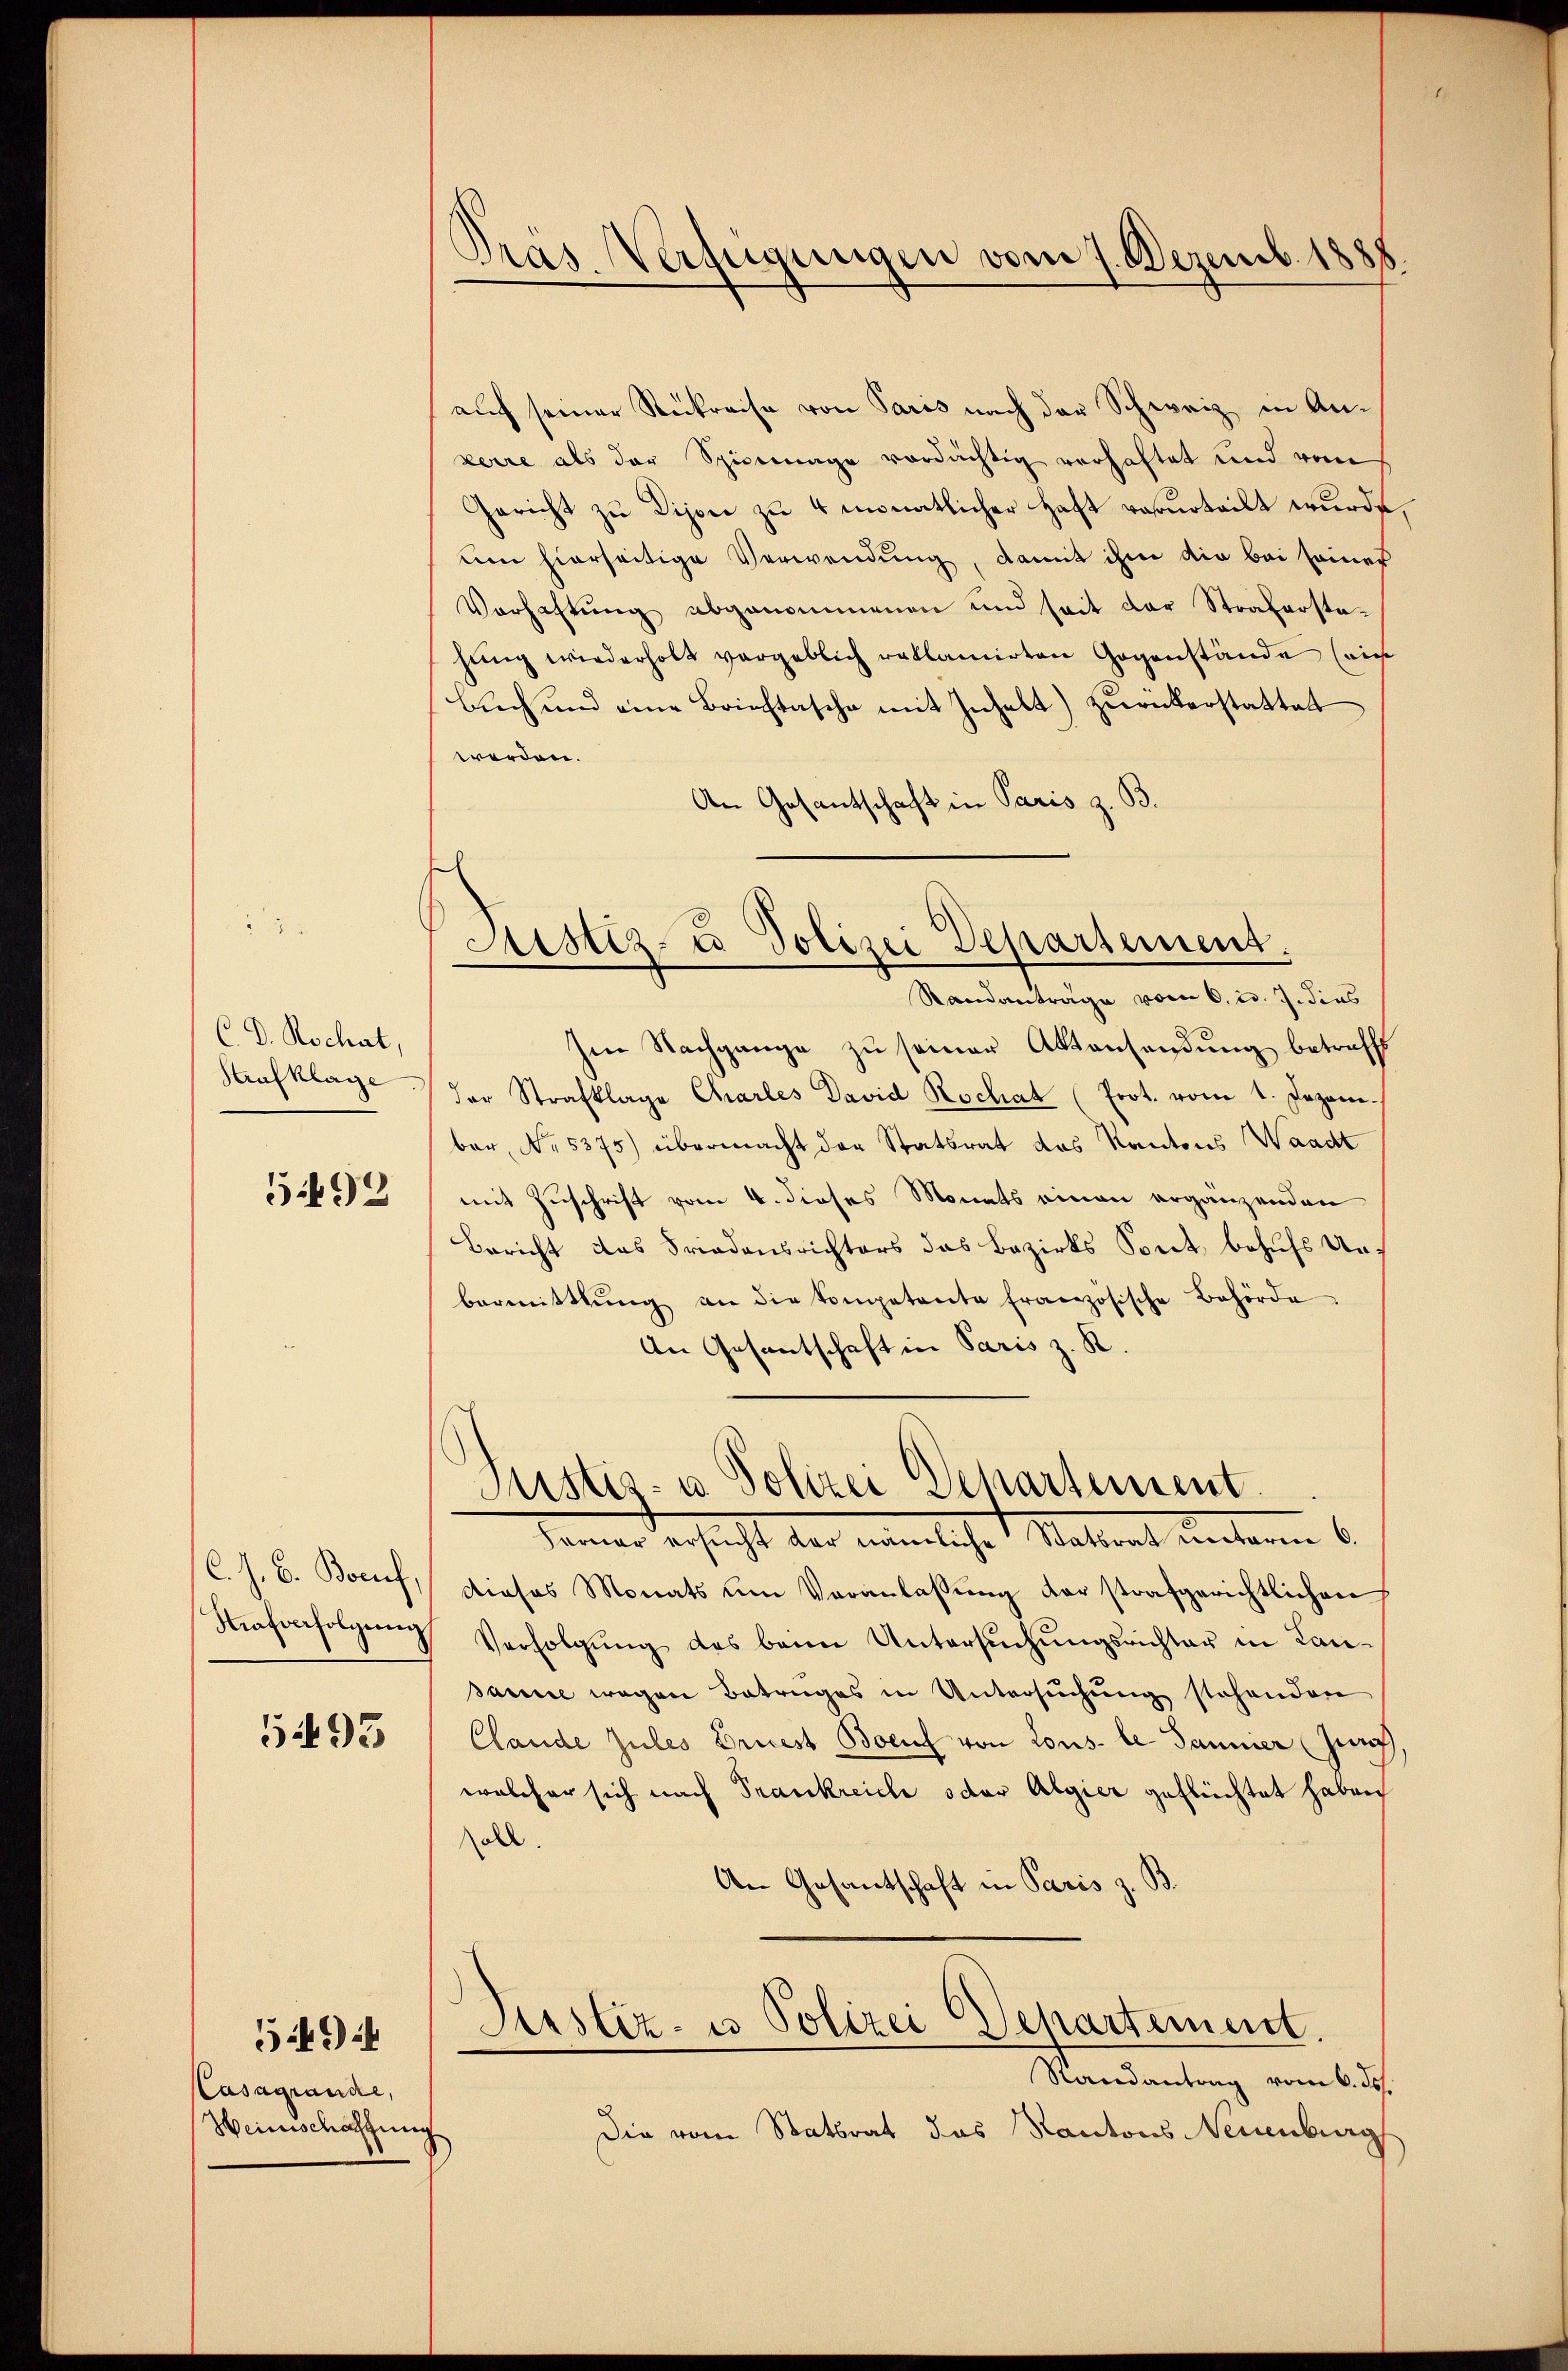
C. D. Rochat,
Arafklage.

54499

C. J. B. Boruf,
Strafverfolgung

5493

Casagrande,
Heinschatzung

5494

Pras Verfügungen vom 7. Dezemb. 1881

auch seiner Rückreise von Paris nach der Schweiz in An-
zerre als der Spieenage verdächtig verhaftet und von
Gericht zu Dijon zu 4 monatlicher Haft rasurteilt wurde,
um hierseitige Verwendung, damit ihm die bei seiner
Vorhaltŭng abgenommenen und seit der Straferstahung wiederholt vergeblich reklamirten Gegenstände sich
buch und eine Brieftasche mit Inhalt) zurückerstattet
werden.
An Gesantschaft in Paris z. B.

Justiz- u Polizei Departement.

Standanträge vom 6. d. 7. dies
Im Nachgange zŭ seiner Aktensandŭng betreff
der Strafklage Charles David Hochat (Prot. vom 1. Jezani-
ber, No. 5375) übermacht der Statsrat des Kantons Waadt
mit Zuschrift vom 4. dieses Monats einen ergänzenden
Bericht das Friedensrichters das Bezirks Spect behufs Unbermittlung an die Competente französische Behörde
An Gesantschaft in Paris z. R.

Justiz- u. Polizei Departement
Ferner ersucht der nämliche Statsrat unterm 6.

dieses Monats um Veranlassŭng der strafgerichtlichen
Verfolgŭng des beim Untersŭchŭngsrichter in Laie-
sanne wegen Betruges in Untersuchung stehenden
Clande Zules Driest Boeuch von Lons- le Sammer (zunch
welcher sich nach Trankreiche oder Algier geflüchtet haben
oll.
An Gesantschaft in Paris z. B.
Justiz- u Polizei Departement.
Randantrag vom 6. ds.
Die vom Statsrat das Kantons Neuenburg